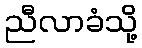
ညီလာခံသို့